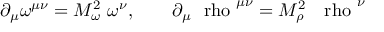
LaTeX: \partial _ { \mu } \omega ^ { \mu \nu } = M _ { \omega } ^ { 2 } ~ \omega ^ { \nu } , ~ ~ ~ ~ ~ ~ \partial _ { \mu } \mathrm { \boldmath ~ \ r h o ~ } ^ { \mu \nu } = M _ { \rho } ^ { 2 } ~ \mathrm { \boldmath ~ \ r h o ~ } ^ { \nu }